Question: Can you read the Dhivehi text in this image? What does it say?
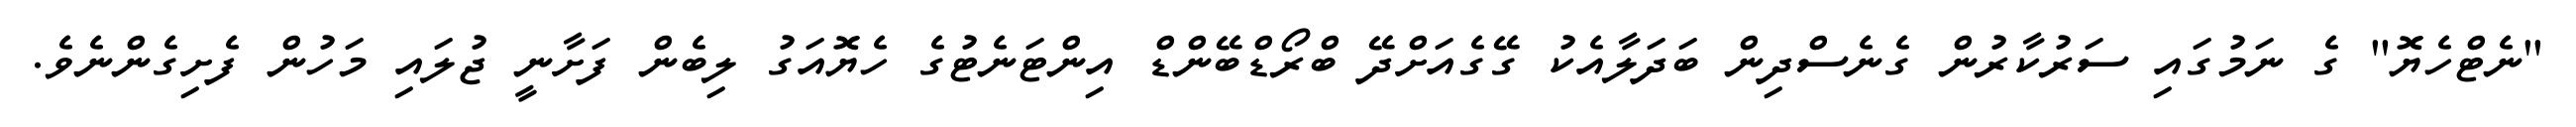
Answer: "ނެޓްހެޔޮ" ގެ ނަމުގައި ސަރުކާރުން ގެނެސްދިން ބަދަލާއެކު ގޭގެއަށްދޭ ބްރޯޑްބޭންޑް އިންޓަނެޓުގެ ހެޔޮއަގު ލިބެން ފަށާނީ ޖުލައި މަހުން ފެށިގެންނެވެ.